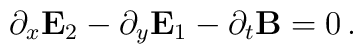
\partial_x {\bf E}_2 - \partial_y {\bf E}_1 - \partial_t {\bf B} = 0 \, .